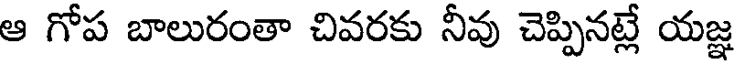
ఆ గోప బాలురంతా చివరకు నీవు చెప్పినట్లే యజ్ఞ